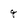
Character: g